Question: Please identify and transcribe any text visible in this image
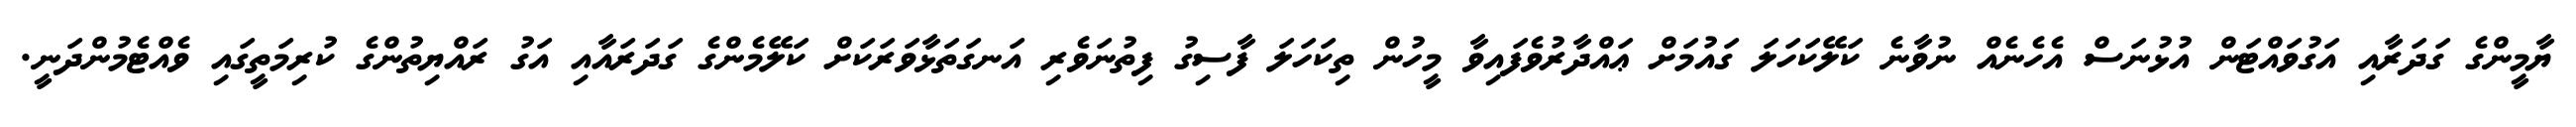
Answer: ޔާމީންގެ ގަދަރާއި އަގުވައްޓަން އުޅުނަސް އެހެނެއް ނުވާނެ ކަލޭކަހަލަ ގައުމަށް ޢައްދާރުވެފައިވާ މީހުން ތިކަހަލަ ފާސިގު ފިތުނަވެރި އަނގަތަޅާވަރަކަށް ކަލޭމެންގެ ގަދަރައާއި އަގު ރައްޔިތުންގެ ކުރިމަތީގައި ވެއްޓެމުންދަނީ.